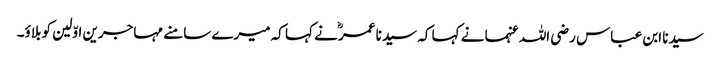
سیدنا ابن عباس رضی اللہ عنہما نے کہا کہ سیدنا عمرؓ نے کہا کہ میرے سامنے مہاجرین اوّلین کو بلاؤ۔